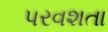
પરવશતા